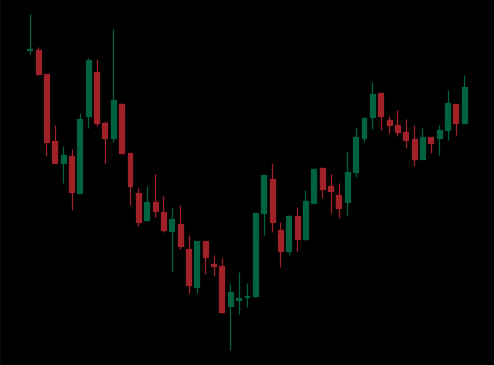
Pattern: inverse_head_shoulders